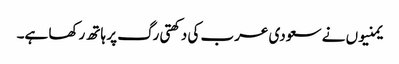
یمنیوں نے سعودی عرب کی دکھتی رگ پر ہاتھ رکھا ہے۔